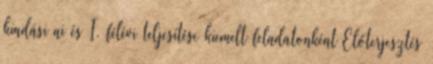
kiadási ai és I. félévi teljesítése kiemelt feladatonként Előterjesztés